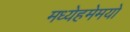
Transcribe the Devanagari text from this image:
मध्येहमेमयो